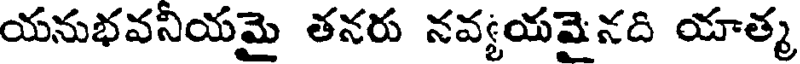
యనుభవనియమై తనరు నవ్యయమైనది యాత్మ